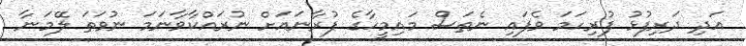
އަދި ދަރިފުޅު ފުރިހަމަ ވެފައި ނެތަސް މައިމީހާގެ ފުރާނައަށް ނުރައްކާވާނަމަ ނުވަތަ ލޭމަނާ